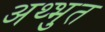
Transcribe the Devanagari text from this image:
अथ्भुत